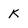
Character: k